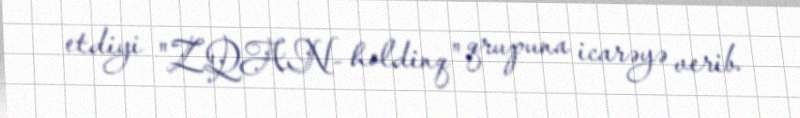
etdiyi "ZQAN- holdinq" qrupuna icarəyə verib.